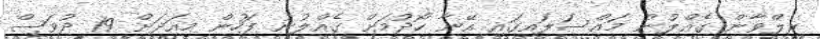
ރިލްވާން ގެއްލުނު މައްސަލައިގައި އޭނާ ހޯދުމަށް ގެއްލުނު ފަހުން މިއަދަށް 19 ދުވަސް